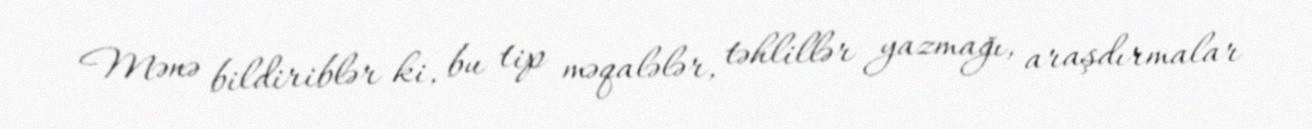
Mənə bildiriblər ki, bu tip məqalələr, təhlillər yazmağı, araşdırmalar